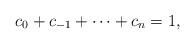
LaTeX: \begin{align*} c_0 + c_{-1} + \cdots + c_n = 1,\end{align*}